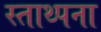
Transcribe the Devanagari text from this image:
स्ताथ्पना